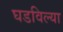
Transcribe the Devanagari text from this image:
घडविल्या